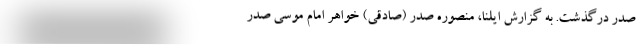
صدر درگذشت. به گزارش ایلنا، منصوره صدر (صادقی) خواهر امام موسی صدر